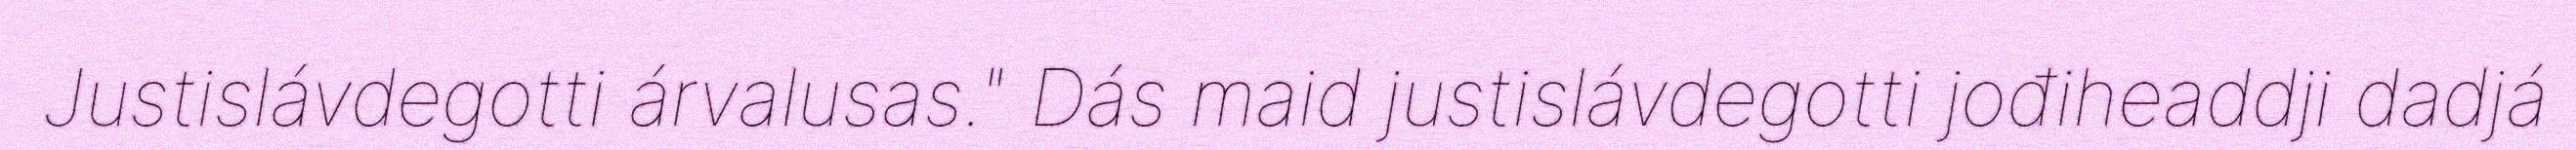
Justislávdegotti árvalusas." Dás maid justislávdegotti jođiheaddji dadjá